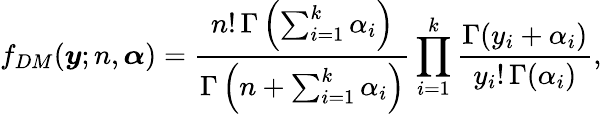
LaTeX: f_{DM}(\boldsymbol y;n,\boldsymbol\alpha)=\frac{n!\, \Gamma\left(\sum_{i=1}^{k}\alpha_{i}\right)}{\Gamma\left(n+\sum_{i=1}^{k}\alpha_{i}\right)}\prod_{i=1}^{k}\frac{\Gamma(y_{i}+\alpha_{i})}{y_{i}!\, \Gamma(\alpha_{i})},